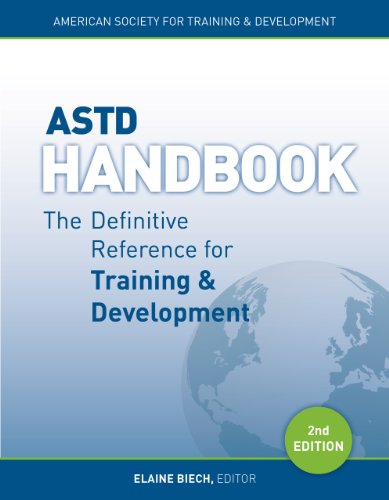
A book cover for ASTD Handbook: The Definitive Reference for Training & Development; Business & Money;